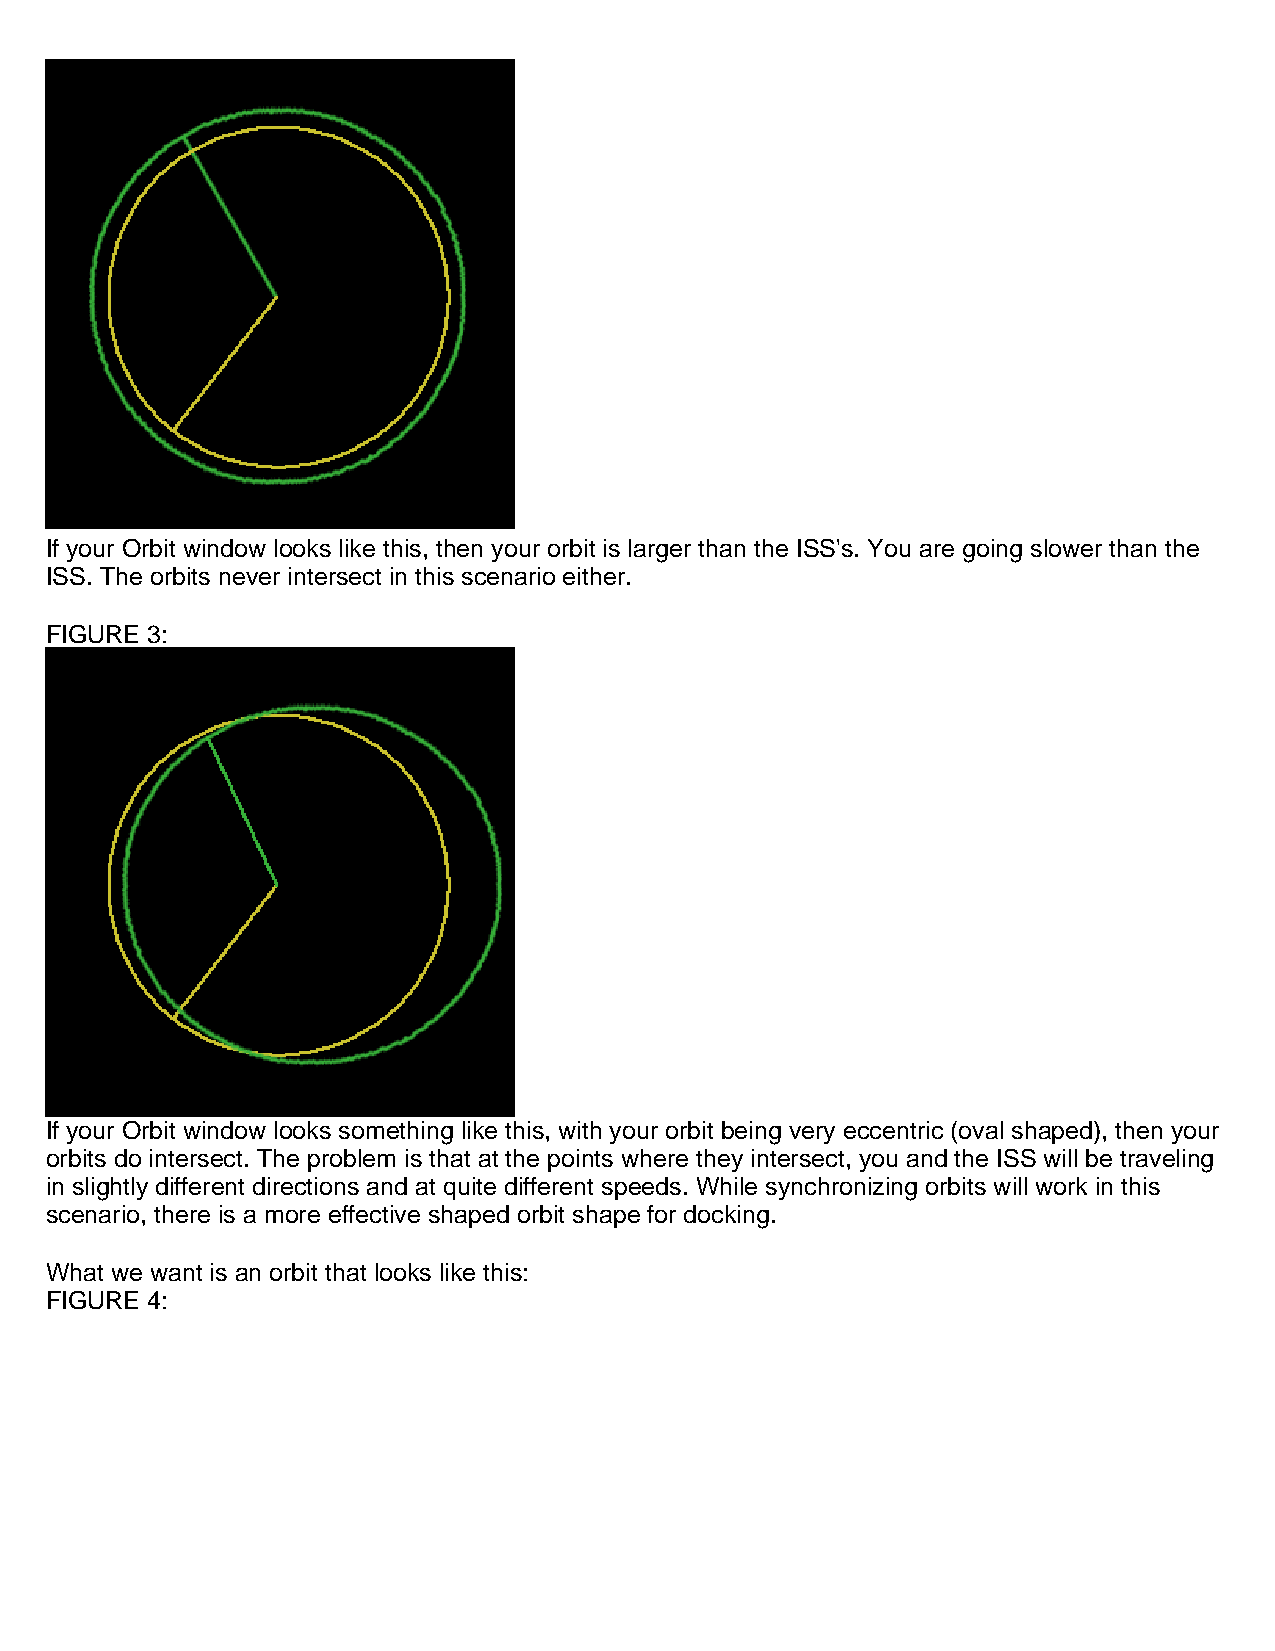
If your Orbit window looks like this, then your orbit is larger than the ISS's. You are going slower than the
 ISS. The orbits never intersect in this scenario either.
 FIGURE 3:
 If your Orbit window looks something like this, with your orbit being very eccentric (oval shaped), then your
 orbits do intersect. The problem is that at the points where they intersect, you and the ISS will be traveling
 in slightly different directions and at quite different speeds. While synchronizing orbits will work in this
 scenario, there is a more effective shaped orbit shape for docking.
 What we want is an orbit that looks like this:
 FIGURE 4: